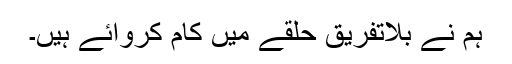
ہم نے بلاتفریق حلقے میں کام کروائے ہیں۔